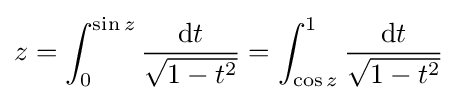
z=\int _{0}^{\sin z}{\frac {\mathrm {d} t}{\sqrt {1-t^{2}}}}=\int _{\cos z}^{1}{\frac {\mathrm {d} t}{\sqrt {1-t^{2}}}}